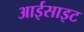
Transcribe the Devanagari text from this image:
आईसाइट